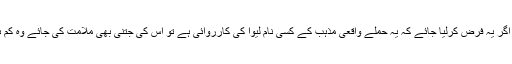
تاہم اگر یہ فرض کرلیا جائے کہ یہ حملے واقعی مذہب کے کسی نام لیوا کی کارروائی ہے تو اس کی جتنی بھی ملامت کی جائے وہ کم ہے۔